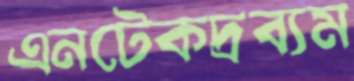
এনটেকদ্রব্যম